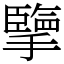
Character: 擥